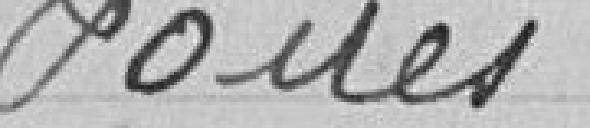
Foires